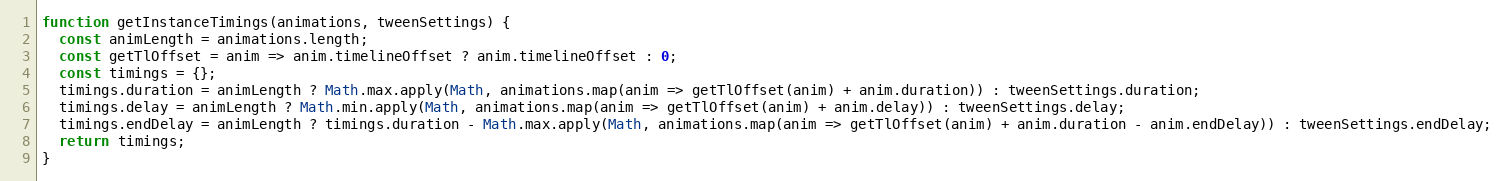
Language: JavaScript
function getInstanceTimings(animations, tweenSettings) {
  const animLength = animations.length;
  const getTlOffset = anim => anim.timelineOffset ? anim.timelineOffset : 0;
  const timings = {};
  timings.duration = animLength ? Math.max.apply(Math, animations.map(anim => getTlOffset(anim) + anim.duration)) : tweenSettings.duration;
  timings.delay = animLength ? Math.min.apply(Math, animations.map(anim => getTlOffset(anim) + anim.delay)) : tweenSettings.delay;
  timings.endDelay = animLength ? timings.duration - Math.max.apply(Math, animations.map(anim => getTlOffset(anim) + anim.duration - anim.endDelay)) : tweenSettings.endDelay;
  return timings;
}